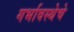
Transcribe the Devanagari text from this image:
गर्भावस्थेचे